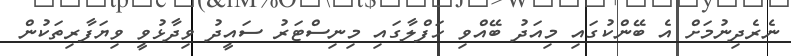
ނެރެދިނުމަށް އެ ބޭންކުގައި މިއަދު ބޭއްވި ހަފްލާގައި މިނިސްޓަރު ސައީދު ވިދާޅުވީ ވިޔަފާރިތަކުން